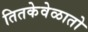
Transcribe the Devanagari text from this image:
तितकेवेळातो